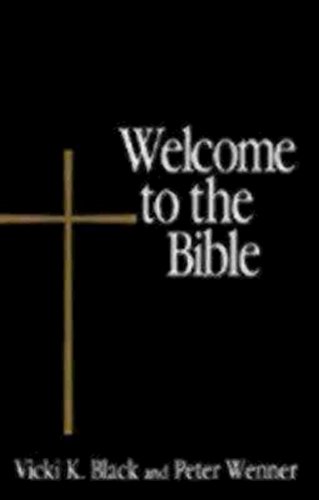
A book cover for Welcome to the Bible (Welcome to the Episcopal Church); Vicki K. Black; Christian Books & Bibles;